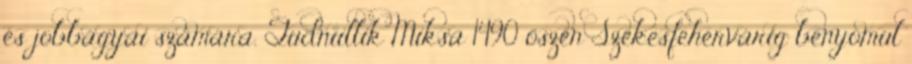
és jobbágyai számára. Tudniillik Miksa 1490 őszén Székesfehérvárig benyomul